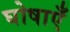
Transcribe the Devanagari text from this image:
घोषाएँ